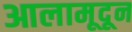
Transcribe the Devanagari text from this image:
आलामूदून